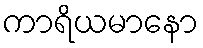
ကာရိယမာနော